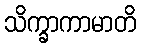
သိက္ခာကာမာတိ